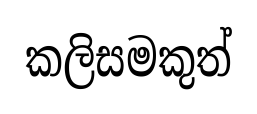
කලිසමකුත්